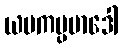
ယမကပ္ပမာဒေါ